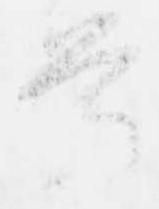
尊